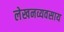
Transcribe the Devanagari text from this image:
लेखनव्यवसाय